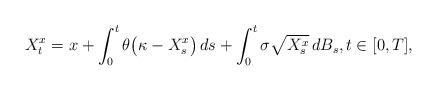
LaTeX: \begin{align*} X^x_t=x+\int_0^t\theta\bigl(\kappa-X^x_s\bigr)\,ds+\int_0^t\sigma\sqrt {X^x_s}\,dB_s, t\in[0,T],\end{align*}